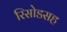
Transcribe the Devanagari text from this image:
रिसोडसह